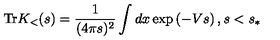
\mathrm { T r } K _ { < } ( s ) = \frac { 1 } { ( 4 \pi s ) ^ { 2 } } \int d x \exp \left( - V s \right) , s < s _ { \ast }